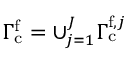
\Gamma _ { \mathrm { c } } ^ { \mathrm { f } } = \cup _ { j = 1 } ^ { J } \Gamma _ { \mathrm { c } } ^ { \mathrm { f } , j }